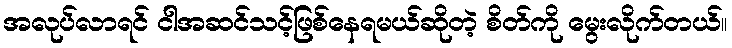
အလုပ်လာရင် ငါအဆင်သင့်ဖြစ်နေရမယ်ဆိုတဲ့ စိတ်ကို မွေးလိုက်တယ်။